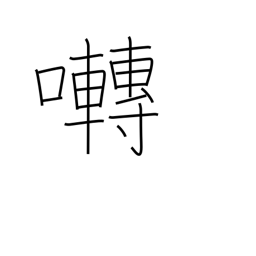
Meaning: chirp